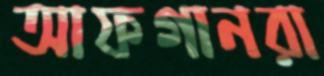
আফগানরা